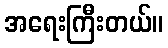
အရေးကြီးတယ်။